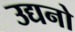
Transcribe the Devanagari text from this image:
उद्यनो